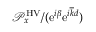
{ \mathcal P } _ { x } ^ { \mathrm { H V } } / ( \mathrm { e } ^ { i \beta } \mathrm { e } ^ { i \overline { { k } } d } )